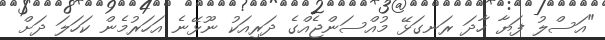
"އަސްލު ފަޔާ ހާދަ ރަނގަޅޭ މުއްސަންޖެއްގެ ދަރިއަކު ނޫޅޭނެ އަހަރުމެން ކަހަލަ ދަށް